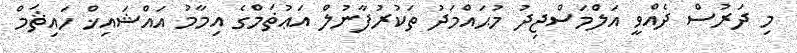
މި ދަރުސް ދެއްވީ އަލްމަސްޖިދު މުޙައްމަދު ތަކުރުފާނުލް އަޢުޡަމްގެ އިމާމު އައްޝައިޚް ހައިޘަމް